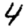
Digit: 4